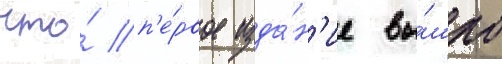
что́ п'е́рвое изда́н'ие вы́шло